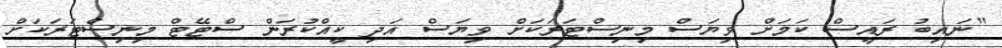
"ނައިބު ރައީސް ކަމަށް ވިޔަސް މިނިސްޓަރަކަށް ވިޔަސް އަދި ކީއްކުރަން ސްޓޭޓް މިނިސްޓަރަކަށް